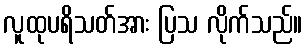
လူထုပရိသတ်အား ပြသ လိုက်သည်။